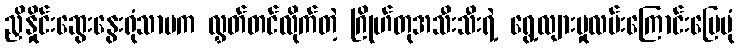
ညှိနှိုင်းဆွေးနွေးရုံသာမက လွှတ်တင်လိုက်တဲ့ ဂြိုဟ်တုအသီးသီးရဲ့ ရွေ့လျားမှုလမ်းကြောင်းမြေပုံ